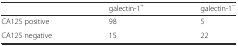
|  | galectin-1+ | galectin-1− |
 | --- | --- | --- |
 | CA125 positive | 98 | 5 |
 | CA125 negative | 15 | 22 |